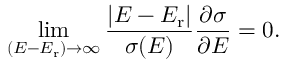
\operatorname* { l i m } _ { ( E - E _ { \mathrm { r } } ) \rightarrow \infty } \frac { | E - E _ { \mathrm { r } } | } { \sigma ( E ) } \frac { \partial \sigma } { \partial E } = 0 .